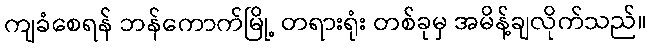
ကျခံစေရန် ဘန်ကောက်မြို့ တရားရုံး တစ်ခုမှ အမိန့်ချလိုက်သည်။